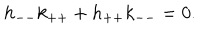
h _ { -- } k _ { + + } + h _ { + + } k _ { -- } = 0 .